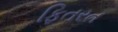
ફિતરત